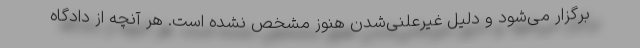
برگزار می‌شود و دلیل غیرعلنی‌شدن هنوز مشخص نشده است. هر آنچه از دادگاه